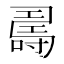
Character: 𠾉